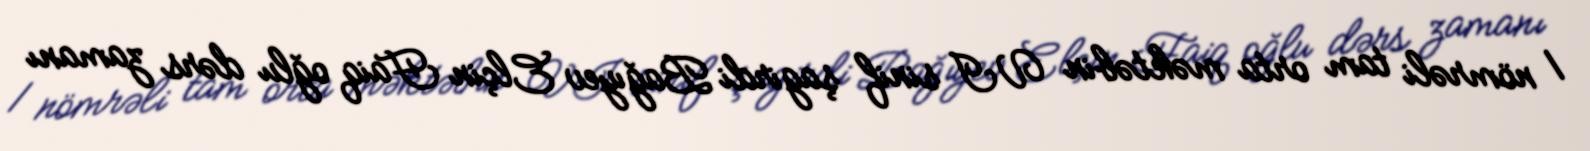
1 nömrəli tam orta məktəbin VI sinif şagirdi Bağıyev Elçin Faiq oğlu dərs zamanı